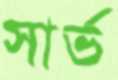
সার্ভ